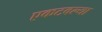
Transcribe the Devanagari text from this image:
एकटवल्या